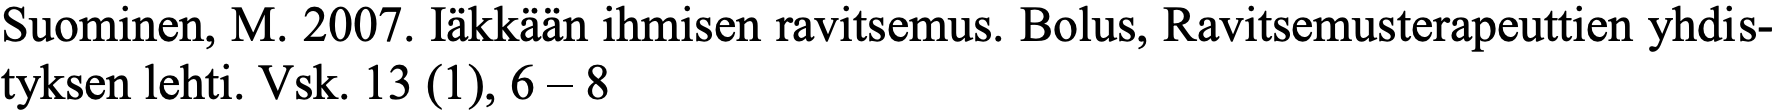
Suominen, M. 2007. Iäkkään ihmisen ravitsemus. Bolus, Ravitsemusterapeuttien yhdis- tyksen lehti. Vsk. 13 (1), 6 – 8